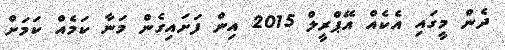
ދެން މީގައި އެކެއް އޭޕްރީލް 2015 އިން ފަށައިގެން މަނާ ކަމެއް ކަމަށް